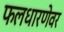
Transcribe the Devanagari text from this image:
फलधारणेवर